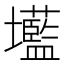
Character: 𭐌